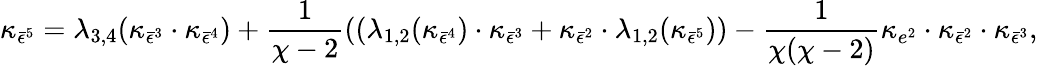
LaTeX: \kappa_{\bar{\epsilon}^{5}}=\lambda_{3,4}(\kappa_{\bar{\epsilon}^{3}}\cdot\kappa_{\bar{\epsilon}^{4}})+\frac{1}{\chi-2}\left((\lambda_{1,2}(\kappa_{\bar{\epsilon}^{4}})\cdot\kappa_{\bar{\epsilon}^{3}}+\kappa_{\bar{\epsilon}^{2}}\cdot\lambda_{1,2}(\kappa_{\bar{\epsilon}^{5}})\right)-\frac{1}{\chi(\chi-2)}\kappa_{e^{2}}\cdot\kappa_{\bar{\epsilon}^{2}}\cdot\kappa_{\bar{\epsilon}^{3}},